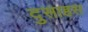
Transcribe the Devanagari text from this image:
दुसाहस